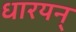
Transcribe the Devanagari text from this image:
धारयन्